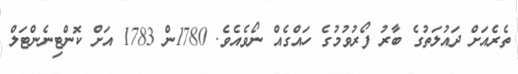
ތެރެއަށް ދައުލަތުގެ ބާރު ފޯރުވުމުގެ ހައްގެއް ނޯވެއެވެ. 1780ން 1783 އަށް ކޮންޓިނެންޓަލް